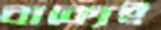
বাক্যেই